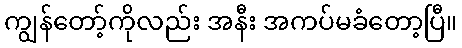
ကျွန်တော့်ကိုလည်း အနီး အကပ်မခံတော့ပြီ။